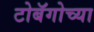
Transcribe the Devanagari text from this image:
टोबॅगोच्या